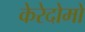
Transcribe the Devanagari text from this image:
केरेदोमो